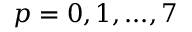
p = 0 , 1 , . . . , 7